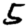
Digit: 5